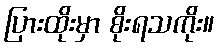
ပြားထိုးမှာ စိုးရသကိုး။